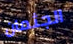
الجثمان